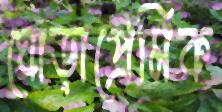
ঘোড়াপ্রেমিক